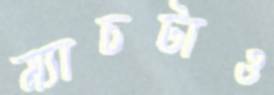
ম্যাচটাও